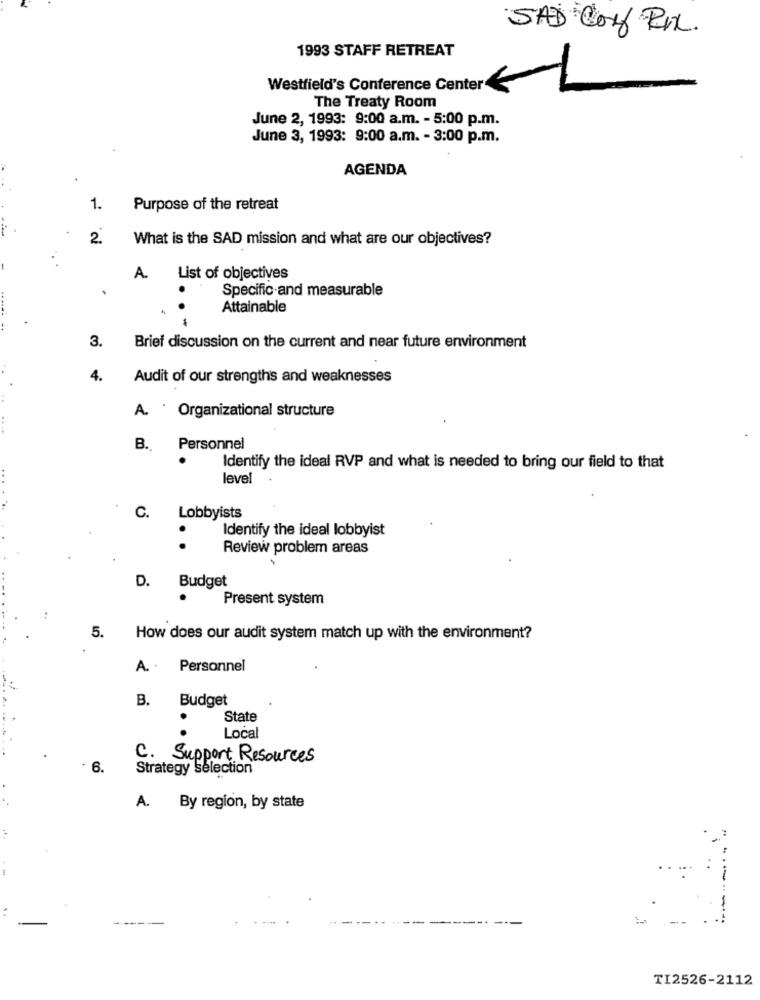
SAD Con RI.
1993 STAFF RETREAT
Westfield's Conference Center
The Treaty Room
June 2, 1993: 9:00 a.m. - 5:00 p.m.
June 3, 1993: 9:00 a.m. - 3:00 p.m.
AGENDA
1.
Purpose of the retreat
2.
What is the SAD mission and what are our objectives?
A.
List of objectives
Specific and measurable
Attainable
3.
Brief discussion on the current and near future environment
4.
Audit of our strengths and weaknesses
A. · Organizational structure
B.
Personnel
Identify the ideal RVP and what is needed to bring our field to that
level
C.
Lobbyists
Identify the ideal lobbyist
Review problem areas
D. Budget
Present system
5.
How does our audit system match up with the environment?
A. .
Personnel
B.
Budget
State
Local
C. Support Resources
6.
Strategy Selection
A. By region, by state
..
.-----
TI2526-2112